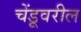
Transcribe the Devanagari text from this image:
चेंडूवरील